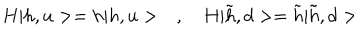
LaTeX: H | h , u > = h | h , u > \quad , \quad H | \tilde { h } , d > = \tilde { h } | \tilde { h } , d >